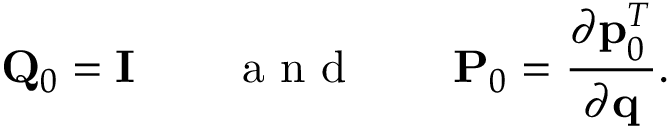
{ \bf Q } _ { 0 } = { \bf I } \qquad \mathrm { ~ a ~ n ~ d ~ } \qquad { \bf P } _ { 0 } = \frac { \partial { \bf p } _ { 0 } ^ { T } } { \partial { \bf q } } .